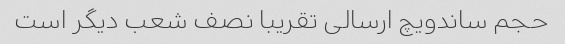
حجم ساندویچ ارسالی تقریبا نصف شعب دیگر است